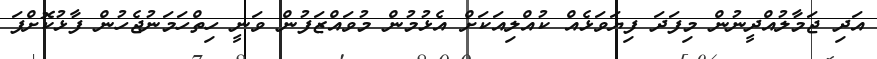
އަދި ޖަމާލުއްދީނުން މިފަދަ ފިޔަވަޅެއް ކުއްލިއަކަށް އެޅުމުން މުވައްޒަފުން ވަނީ ހިތްހަމަނުޖެހުން ފާޅުކޮށްފަ